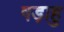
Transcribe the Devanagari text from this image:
षड़ाहु